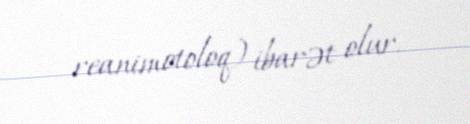
reanimotoloq) ibarət olur.